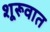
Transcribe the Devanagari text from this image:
शूरूवात